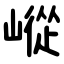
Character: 嵷